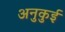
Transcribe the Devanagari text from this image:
अनुकुई